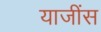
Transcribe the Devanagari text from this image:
याजींस